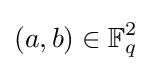
(a,b)\in \mathbb {F} _{q}^{2}